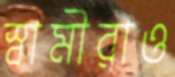
স্বামীরাও